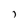
Character: 7